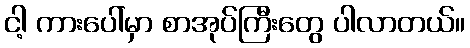
ငါ့ ကားပေါ်မှာ စာအုပ်ကြီးတွေ ပါလာတယ်။